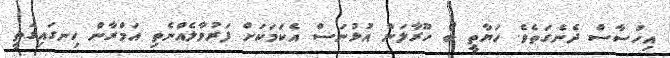
އިހުސާސް ދެނެގަތެވެ. ހަޔާތީ ބޯ ހޫރާލަން އުޅުނަސް އެކަމަކަށް ފަރުވާލެއްނެތި އަމްރާން ހިނގައިގަތީ